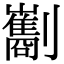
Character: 㔒